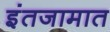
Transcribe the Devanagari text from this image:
इंतजामात